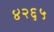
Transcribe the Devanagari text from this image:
४२६५